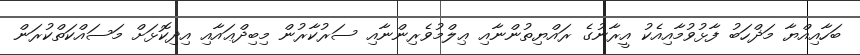
ބަހާއިއްޔާ މަޛްހަބު ފާޅުވުމާއިއެކު އީރާނުގެ ރައްޔިތުންނާއި ޢިލްމުވެރިންނާއި ސަރުކާރުން މިބިދްޢައާއި އިދިކޮޅަށް މަސައްކަތްކުރަން